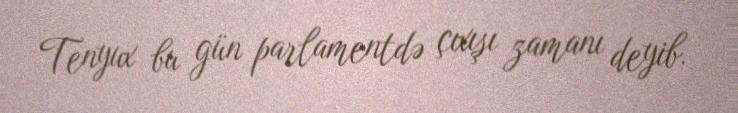
Tenyux bu gün parlamentdə çıxışı zamanı deyib.